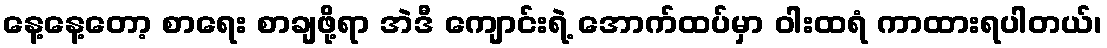
နေ့နေ့တော့ စာရေး စာချဖို့ရာ အဲဒီ ကျောင်းရဲ့ အောက်ထပ်မှာ ဝါးထရံ ကာထားရပါတယ်၊